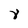
Character: 8